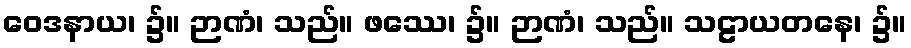
ဝေဒနာယ၊ ၌။ ဉာဏံ၊ သည်။ ဖဿေ၊ ၌။ ဉာဏံ၊ သည်။ သဠာယတနေ၊ ၌။